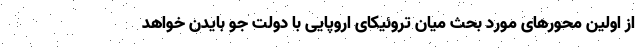
از اولین محورهای مورد بحث میان تروئیکای اروپایی با دولت جو بایدن خواهد